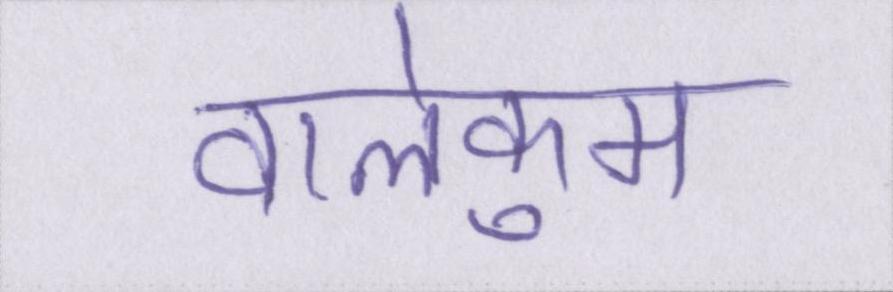
वालेकुम